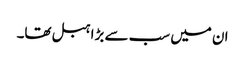
ان میں سب سے بڑا ہبل تھا۔